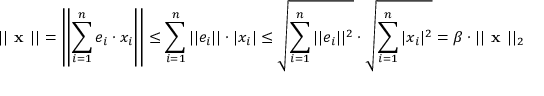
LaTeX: | | { \textbf { x } } | | = \left| \left| \sum _ { i = 1 } ^ { n } e _ { i } \cdot x _ { i } \right| \right| \leq \sum _ { i = 1 } ^ { n } | | e _ { i } | | \cdot | x _ { i } | \leq { \sqrt { \sum _ { i = 1 } ^ { n } | | e _ { i } | | ^ { 2 } } } \cdot { \sqrt { \sum _ { i = 1 } ^ { n } | x _ { i } | ^ { 2 } } } = \beta \cdot | | { \textbf { x } } | | _ { 2 }